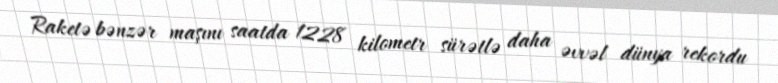
Raketə bənzər maşını saatda 1228 kilometr sürətlə daha əvvəl dünya rekordu